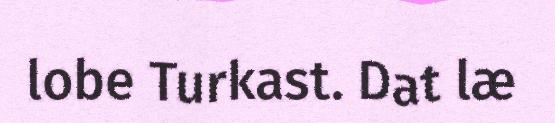
lobe Turkast. Dat læ